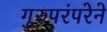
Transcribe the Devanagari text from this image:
गुरुपरंपरेने